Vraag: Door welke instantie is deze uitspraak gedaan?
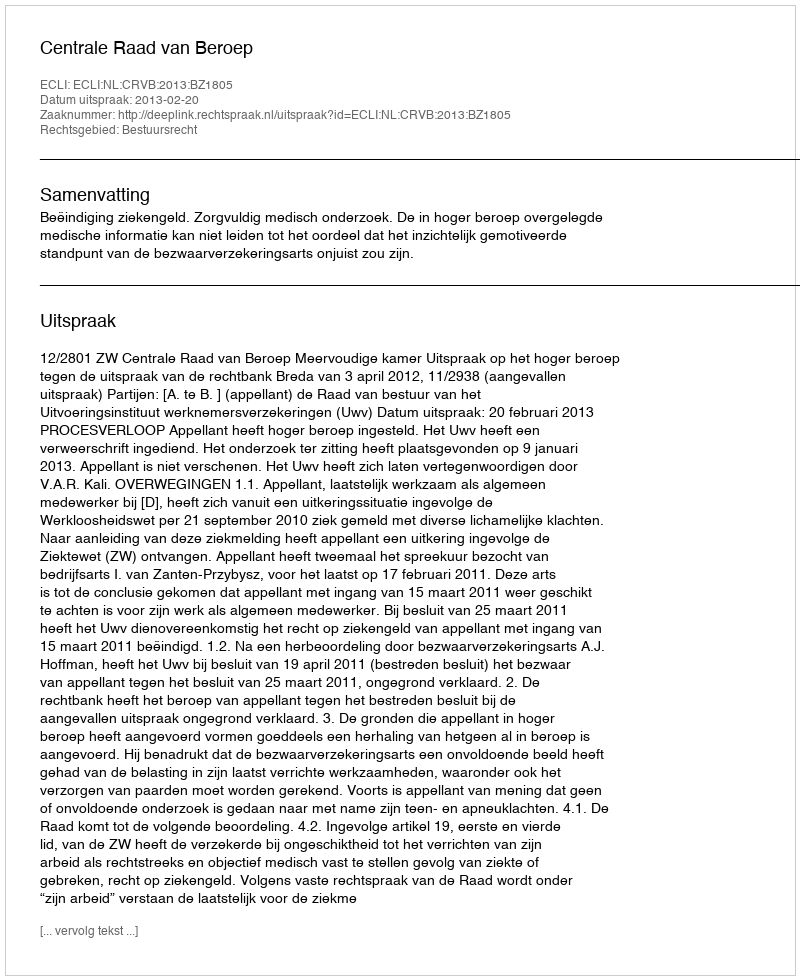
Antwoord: Centrale Raad van Beroep